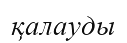
қалауды